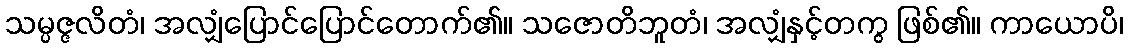
သမ္ပဇ္ဇလိတံ၊ အလျှံပြောင်ပြောင်တောက်၏။ သဇောတိဘူတံ၊ အလျှံနှင့်တကွ ဖြစ်၏။ ကာယောပိ၊